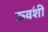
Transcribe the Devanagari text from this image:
ऊव॔शी